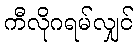
ကီလိုဂရမ်လျှင်